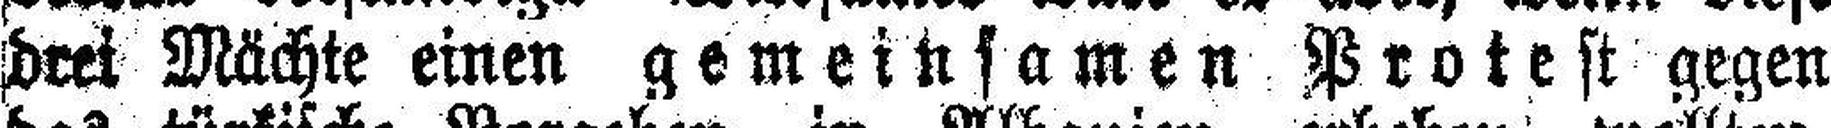
drei Mächte einen gemeinsamen Protest gegen